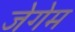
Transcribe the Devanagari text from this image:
जेगेम